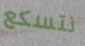
نتسكع